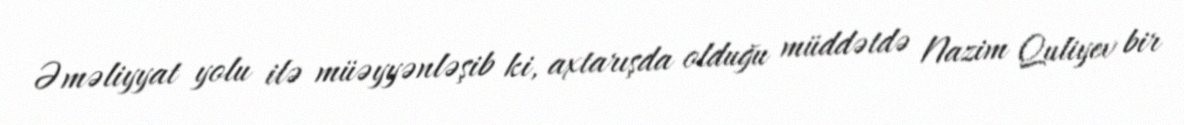
Əməliyyat yolu ilə müəyyənləşib ki, axtarışda olduğu müddətdə Nazim Quliyev bir